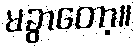
မခွာတော့။